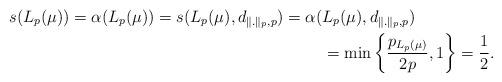
LaTeX: \begin{align*}s(L_p(\mu))=\alpha(L_p(\mu))=s(L_p(\mu),d_{\|.\|_p,p})=\alpha(&L_p(\mu),d_{\|.\|_p,p})\\&=\min\left\{\frac{p_{L_p(\mu)}}{2p},1\right\}=\frac{1}{2}.\end{align*}